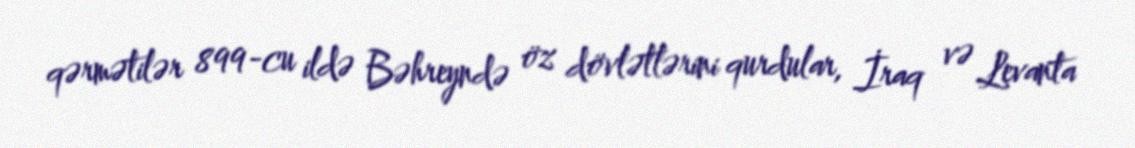
qərmətilər 899-cu ildə Bəhreyndə öz dövlətlərini qurdular, İraq və Levanta